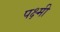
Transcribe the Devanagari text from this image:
पक्ष्मी